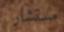
مستشار